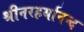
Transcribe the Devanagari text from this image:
श्रीनरहर्यानन्द